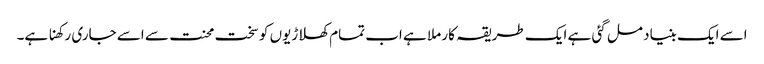
اسے ایک بنیاد مل گئی ہے ایک طریقہ کار ملا ہے اب تمام کھلاڑیوں کو سخت محنت سے اسے جاری رکھنا ہے۔